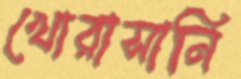
খোরাসানি